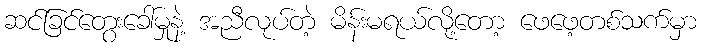
ဆင်ခြင်တွေးခေါ်မှုနဲ့ အညီလုပ်တဲ့ မိန်းမရယ်လို့တော့ ဖေဖေ့တစ်သက်မှာ